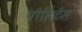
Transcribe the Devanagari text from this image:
पौलिटैस